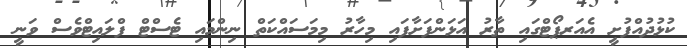
ކުޅުދުއްފުށީ އެއަރޕޯޓްގައި ތާރު އަޅަންފަށާފައި މިހާރު މިމަސައްކަތް ނިންމައި ޓެސްޓް ފްލައިޓްވެސް ވަނީ